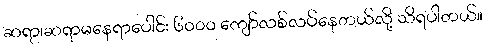
ဆရာ၊ဆရာမနေရာပေါင်း ၆၀၀၀ ကျော်လစ်လပ်နေတယ်လို့ သိရပါတယ်။